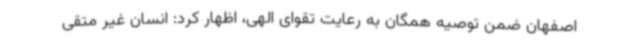
اصفهان ضمن توصیه همگان به رعایت تقوای الهی، اظهار کرد: انسان غیر متقی